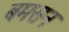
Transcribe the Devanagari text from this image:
बमसन